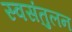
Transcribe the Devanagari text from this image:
स्वसंतुलन